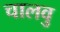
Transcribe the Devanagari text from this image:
चालवु